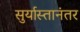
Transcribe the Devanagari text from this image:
सुर्यास्तानंतर